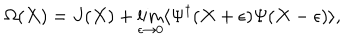
\Omega ( X ) = J ( X ) + \lim _ { \epsilon \rightarrow 0 } \langle \Psi ^ { \dagger } ( X + \epsilon ) \Psi ( X - \epsilon ) \rangle ,